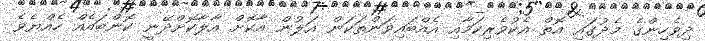
ދިވެހިންގެ މެދުގައި އޮތް އެކުވެރިކަމާއި އެއްބައިވަންތަކަން އަލުން އާކޮށް އާލާކޮށްދޭނީ ކޮންބައެއް ހެއްޔެވެ